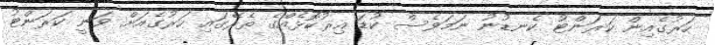
ހަރުގެއިން ކަރަންޓު ކެނޑުނު ނަމަވެސް ކުޑަ އިރުކޮޅެއްގެ ތެރޭގައި ހަރުގެއަށް ވަނީ ކަރަންޓު